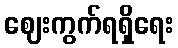
ဈေးကွက်ရရှိရေး